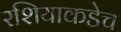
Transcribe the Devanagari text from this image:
रशियाकडेच